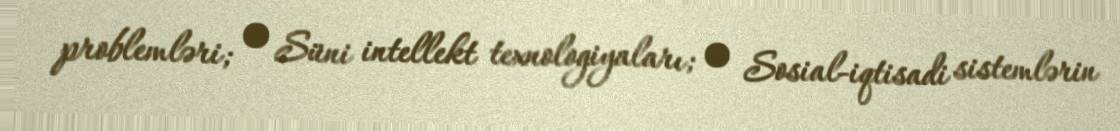
problemləri; • Süni intellekt texnologiyaları; • Sosial-iqtisadi sistemlərin